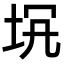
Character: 𡊬